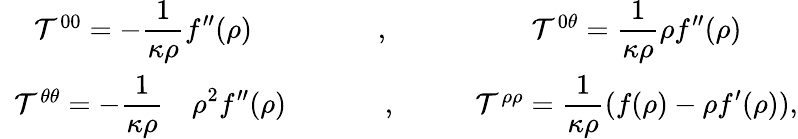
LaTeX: \begin{array}{ccc}{{{\cal T}^{00}=-\displaystyle{\frac{1}{\kappa\rho}}f^{\prime\prime}(\rho)}}&{{\ \ ,\ }}&{{{\cal T}^{0\theta}=\displaystyle{\frac{1}{\kappa\rho}}\rho f^{\prime\prime}(\rho)}}\\ {{\ \ {\cal T}^{\theta\theta}=-\displaystyle{\frac{1}{\kappa\rho}}\ \ \ \ \rho^{2}f^{\prime\prime}(\rho)}}&{{\ \ \ \ \ \ \ \ \ \ ,\ \ \ \ \ \ \ }}&{{{\cal T}^{\rho\rho}=\displaystyle{\frac{1}{\kappa\rho}}(f(\rho)-\rho f^{\prime}(\rho)),}}\end{array}